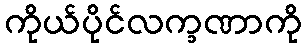
ကိုယ်ပိုင်လက္ခဏာကို